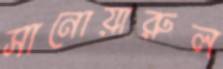
সানোয়ারুল